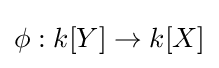
\phi :k[Y]\to k[X]